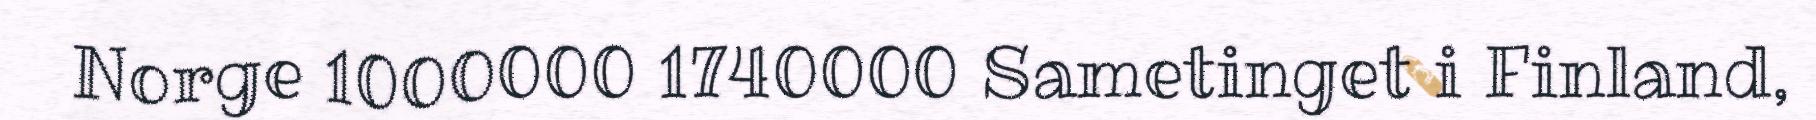
Norge 1000000 1740000 Sametinget i Finland,